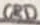
Text: GRD